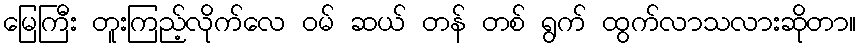
မြေကြီး တူးကြည့်လိုက်လေ ဝမ် ဆယ် တန် တစ် ရွက် ထွက်လာသလားဆိုတာ။